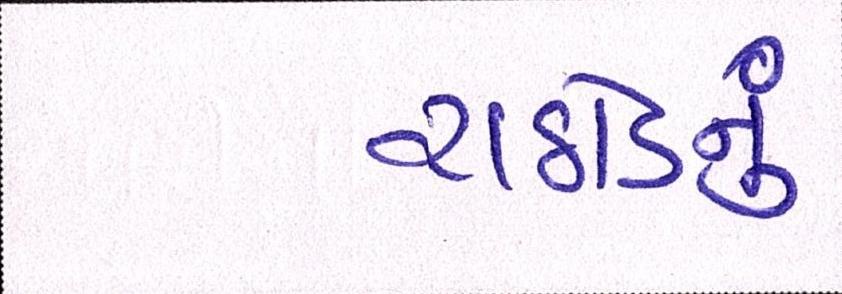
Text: રાઠોડનું